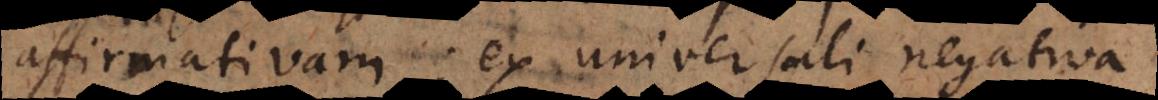
affirmativam; ex universali negativa